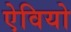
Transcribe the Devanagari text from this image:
ऐवियो